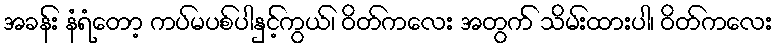
အခန်း နံရံတော့ ကပ်မပစ်ပါနှင့်ကွယ်၊ ဝိတ်ကလေး အတွက် သိမ်းထားပါ၊ ဝိတ်ကလေး